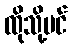
ထိုသို့ပင်